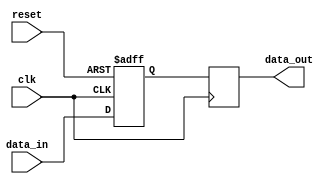
module timing_control_sync (
    input wire clk,             // Clock signal
    input wire reset,           // Reset signal
    input wire data_in,         // Input data signal
    output reg data_out         // Output data signal
);

reg delayed_data;

always @ (posedge clk or posedge reset) begin
    if (reset) begin
        delayed_data <= 1'b0;  // Reset to default value
    end else begin
        // Delay input data using transmission gate
        delayed_data <= data_in;
    end
end

// Synchronize delayed data with clock signal
always @ (posedge clk) begin
    data_out <= delayed_data;
end

endmodule